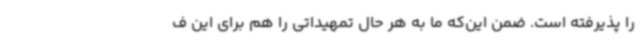
را پذیرفته است. ضمن این‌که ما به هر حال تمهیداتی را هم برای این ف